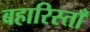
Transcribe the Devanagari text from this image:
बहारिस्ताँ